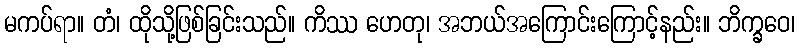
မကပ်ရာ။ တံ၊ ထိုသို့ဖြစ်ခြင်းသည်။ ကိဿ ဟေတု၊ အဘယ်အကြောင်းကြောင့်နည်း။ ဘိက္ခဝေ၊